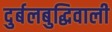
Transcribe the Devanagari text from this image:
दुर्बलबुद्धिवाली